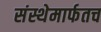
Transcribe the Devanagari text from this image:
संस्थेमार्फतच